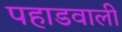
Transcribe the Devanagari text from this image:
पहाडवाली